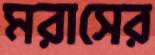
মরাসের